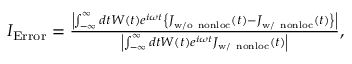
\begin{array} { r } { I _ { \mathrm { E r r o r } } = \frac { \left| \int _ { - \infty } ^ { \infty } d t W ( t ) e ^ { i \omega t } \left\{ \boldsymbol J _ { \mathrm { w / o ~ n o n l o c } } ( t ) - \boldsymbol J _ { \mathrm { w / ~ n o n l o c } } ( t ) \right\} \right| } { \left| \int _ { - \infty } ^ { \infty } d t W ( t ) e ^ { i \omega t } \boldsymbol J _ { \mathrm { w / ~ n o n l o c } } ( t ) \right| } , } \end{array}